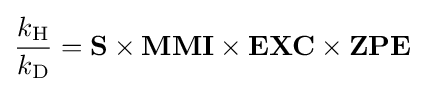
{\frac {k_{{\ce {H}}}}{k_{{\ce {D}}}}}=\mathbf {S} \times \mathbf {MMI} \times \mathbf {EXC} \times \mathbf {ZPE}